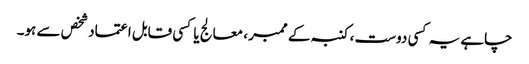
چاہے یہ کسی دوست ، کنبہ کے ممبر ، معالج یا کسی قابل اعتماد شخص سے ہو۔